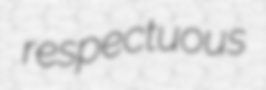
respectuous